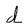
Character: d